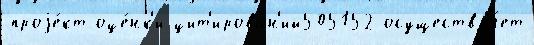
проjе́кт оце́нк'и цит'ирован'ий505152 осуществл'я́ет